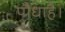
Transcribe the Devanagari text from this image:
पौधाहै।